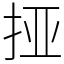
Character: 挜